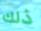
ذلك